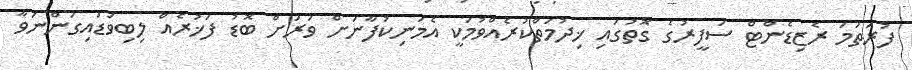
ފުރަތަމަ ރެޒިޑެންޓް ސަފީރުގެ ގޮތުގައި ޚިދުމަތްކުރެއްވުމަކީ އެމަނިކުފާނަށް ވަރަށް ބޮޑު ފަޚުރެއް ލިބިވަޑައިގަންނަވާ